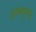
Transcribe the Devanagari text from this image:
शम्भुभट्ट